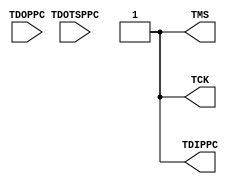
// $Header: /devl/xcs/repo/env/Databases/CAEInterfaces/verunilibs/s/JTAGPPC.v,v 1.3.22.2 2004/06/09 23:17:43 patrickp Exp $

/*

		: JTAG for PPC

*/

`timescale  100 ps / 10 ps

module JTAGPPC (TCK, TDIPPC, TMS, TDOPPC, TDOTSPPC);

output TCK;
output TDIPPC;
output TMS;

input TDOPPC;
input TDOTSPPC;

	assign TCK = 1'b1;
	assign TDIPPC = 1'b1;
	assign TMS = 1'b1;
endmodule